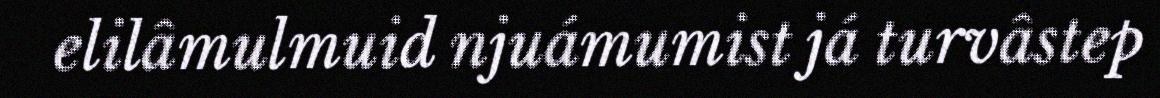
elilâmulmuid njuámumist já turvâstep